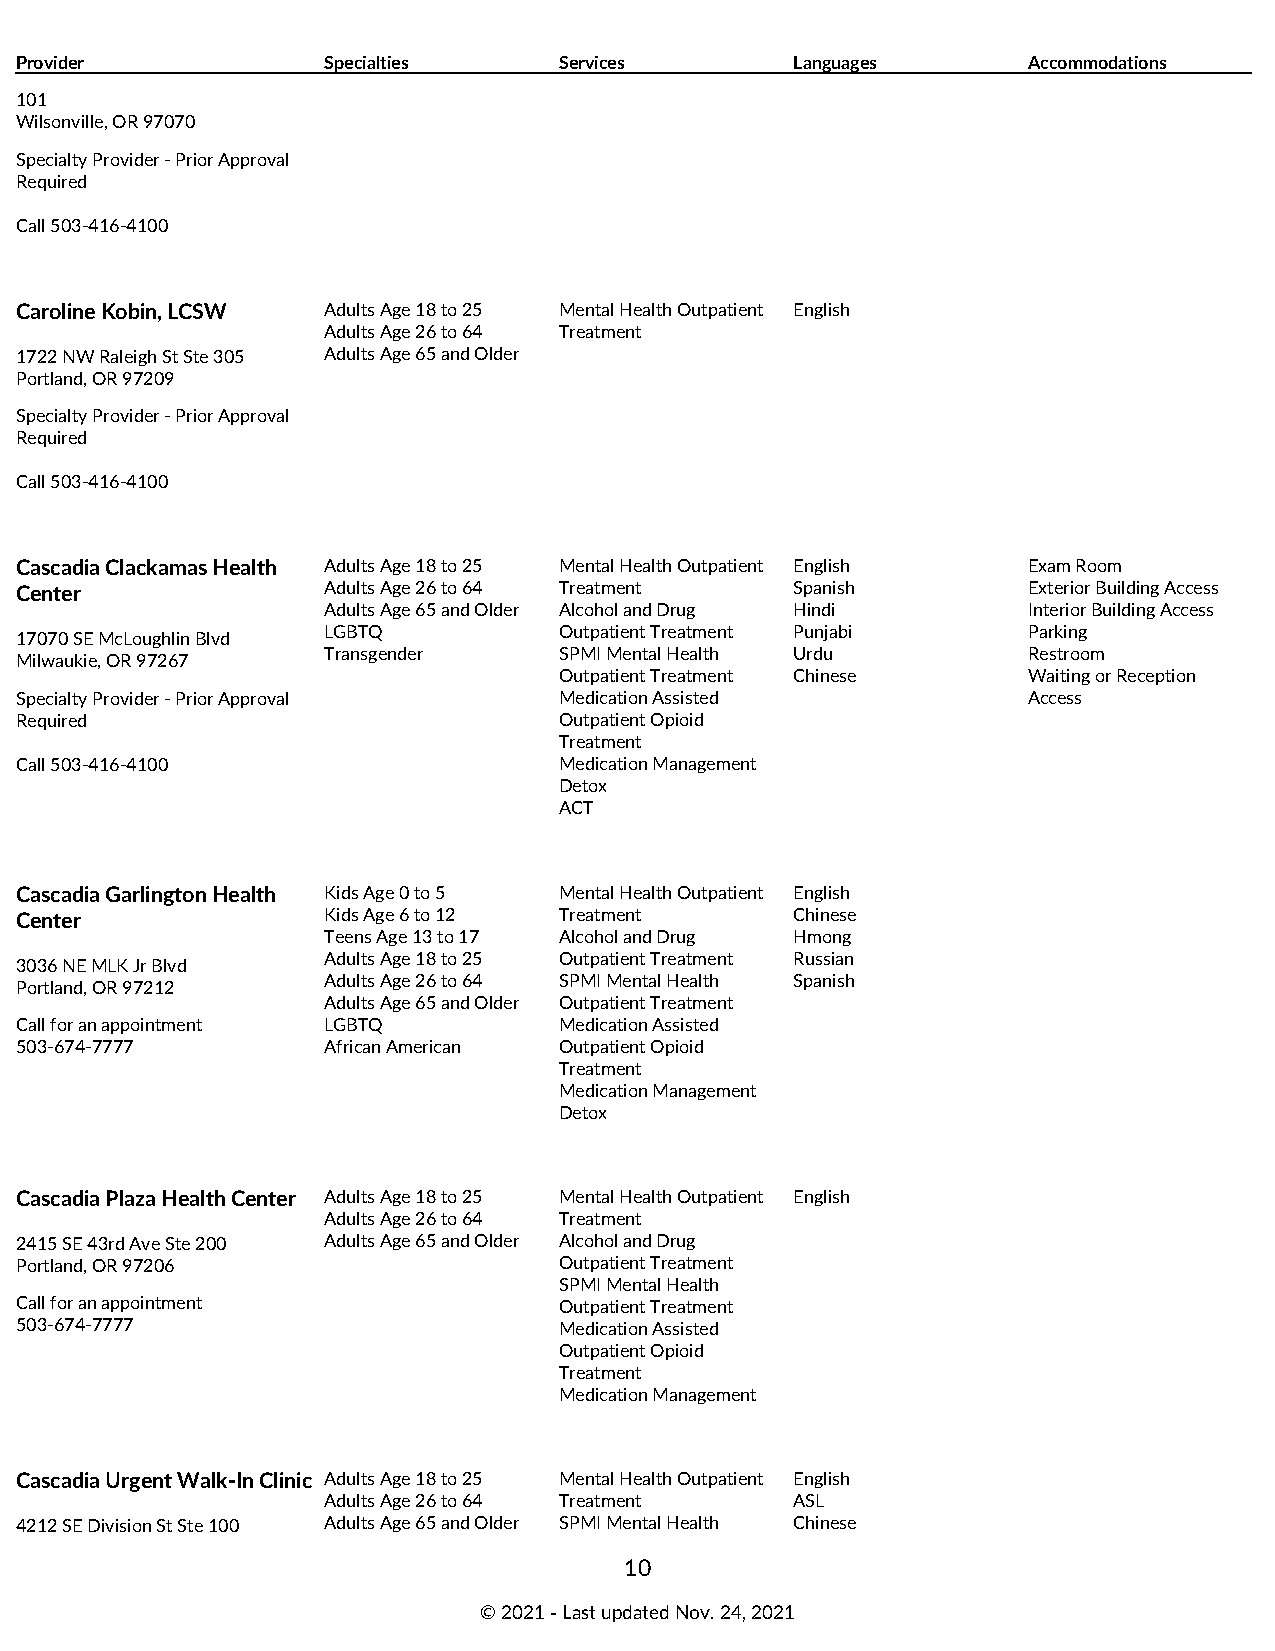
Provider            Specialties     Services        Languages      Accommodations
 101
 Wilsonville, OR 97070
 Specialty Provider - Prior Approval
 Required
 Call 503-416-4100
 Caroline Kobin, LCSW Adults Age 18 to 25 Mental Health Outpatient English
 Adults Age 26 to 64 Treatment
 1722 NW Raleigh St Ste 305 Adults Age 65 and Older
 Portland, OR 97209
 Specialty Provider - Prior Approval
 Required
 Call 503-416-4100
 Cascadia Clackamas Health Adults Age 18 to 25 Mental Health Outpatient English Exam Room
 Center              Adults Age 26 to 64 Treatment   Spanish        Exterior Building Access
 Adults Age 65 and Older Alcohol and Drug Hindi Interior Building Access
 LGBTQ           Outpatient Treatment Punjabi   Parking
 17070 SE McLoughlin Blvd
 Transgender     SPMI Mental Health Urdu        Restroom
 Milwaukie, OR 97267
 Outpatient Treatment Chinese   Waiting or Reception
 Specialty Provider - Prior Approval Medication Assisted            Access
 Required                            Outpatient Opioid
 Treatment
 Call 503-416-4100                   Medication Management
 Detox
 ACT
 Cascadia Garlington Health Kids Age 0 to 5 Mental Health Outpatient English
 Center              Kids Age 6 to 12 Treatment      Chinese
 Teens Age 13 to 17 Alcohol and Drug Hmong
 Adults Age 18 to 25 Outpatient Treatment Russian
 3036 NE MLK Jr Blvd
 Adults Age 26 to 64 SPMI Mental Health Spanish
 Portland, OR 97212
 Adults Age 65 and Older Outpatient Treatment
 Call for an appointment LGBTQ       Medication Assisted
 503-674-7777        African American Outpatient Opioid
 Treatment
 Medication Management
 Detox
 Cascadia Plaza Health Center Adults Age 18 to 25 Mental Health Outpatient English
 Adults Age 26 to 64 Treatment
 2415 SE 43rd Ave Ste 200 Adults Age 65 and Older Alcohol and Drug
 Portland, OR 97206                  Outpatient Treatment
 SPMI Mental Health
 Call for an appointment             Outpatient Treatment
 503-674-7777                        Medication Assisted
 Outpatient Opioid
 Treatment
 Medication Management
 Cascadia Urgent Walk-In Clinic Adults Age 18 to 25 Mental Health Outpatient English
 Adults Age 26 to 64 Treatment   ASL
 4212 SE Division St Ste 100 Adults Age 65 and Older SPMI Mental Health Chinese
 10
 © 2021 ‑ Last updated Nov. 24, 2021